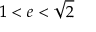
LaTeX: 1 < e < { \sqrt { 2 } }